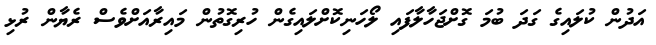
އަދުން ކުލައިގެ ގަދަ ބުމަ ގޮށްޖަހާލާފައި ލޯހަނިކޮށްލައިގެން ހުރިގޮތުން މައިރާއަށްވެސް ރެޔާން ރުޅި